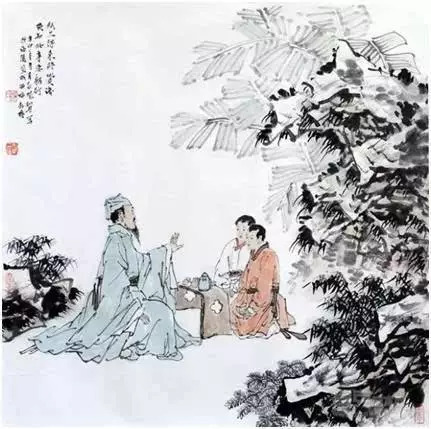
因依老宿发心初，半学修心半读书。